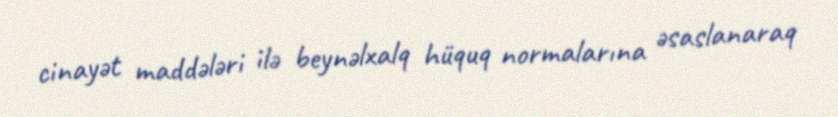
cinayət maddələri ilə beynəlxalq hüquq normalarına əsaslanaraq